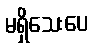
မရှိသေးပေ